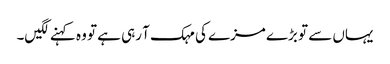
یہاں سے تو بڑے مزے کی مہک آ رہی ہے تو وہ کہنے لگیں۔